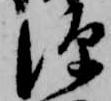
源